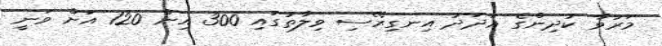
މަރުވާ ކުދިންގެ އަދަދު އިނގިރޭސި ވިލާތުގައި 300 އިން 120 އަށް ވަނީ